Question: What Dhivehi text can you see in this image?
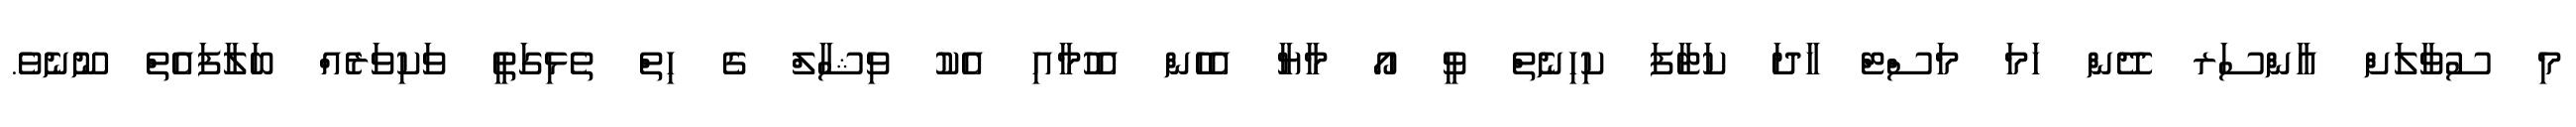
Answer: މި ސުވާލަށް އާންސަރ ދޭން ހަމަ މަސްޓް ހާދަ ކަޓާފަ ކިހިނެތް ވީ އޯ މާޔާ އެހެން އެހުމާއި އެކު ވިޝާލް ގެ ހިތް ތެޅިގަތީ ވަކިވަރެއް ބަލާފައެތް ނޫނެވެ.